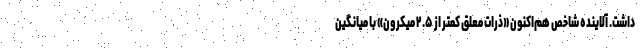
داشت. آلاینده شاخص هم‌اکنون «ذرات معلق کمتر از ۲.۵ میکرون» با میانگین